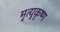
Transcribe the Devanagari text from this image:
मृत्युकृष्ण